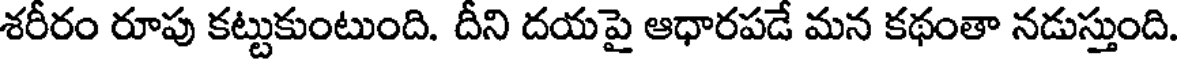
శరీరం రూపు కట్టుకుంటుంది. దీని దయపై ఆధారపడే మన కథంతా నడుస్తుంది